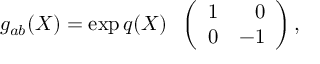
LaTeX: g _ { a b } ( X ) = \exp { q ( X ) } \; \; \left( \begin{array} { c r } { { 1 } } & { { 0 } } \\ { { 0 } } & { { - 1 } } \end{array} \right) ,